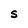
Character: S